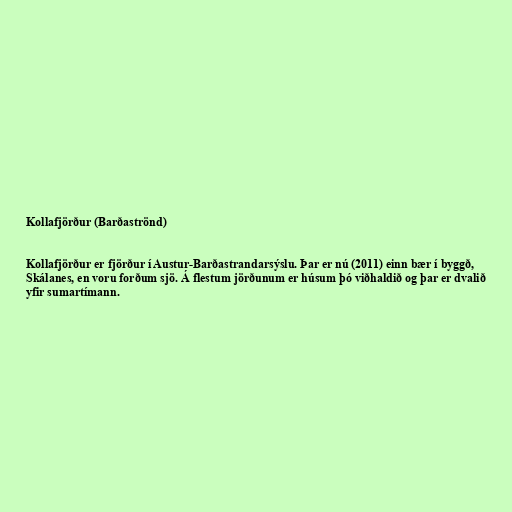
Kollafjörður (Barðaströnd)

Kollafjörður er fjörður í Austur-Barðastrandarsýslu. Þar er nú (2011) einn bær í byggð,
Skálanes, en voru forðum sjö. Á flestum jörðunum er húsum þó viðhaldið og þar er dvalið
yfir sumartímann.